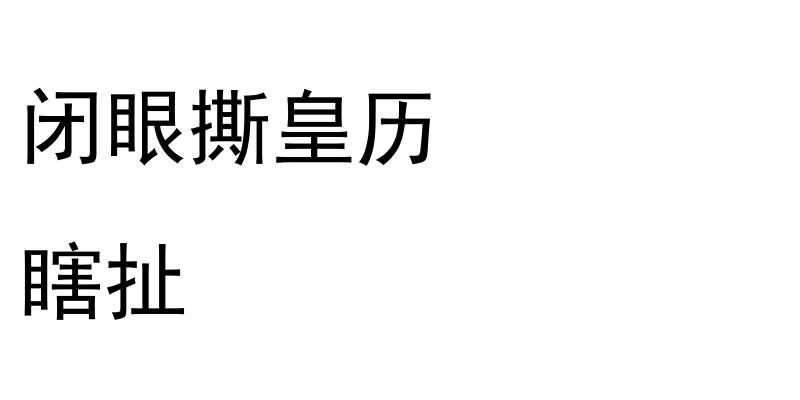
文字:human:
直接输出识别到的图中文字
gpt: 闭眼撕皇历 瞎扯